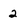
Character: 2